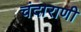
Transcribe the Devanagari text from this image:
चंदाराणी